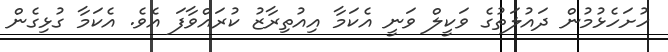
ހުށަހެޅުމުން ދައުލަތުގެ ވަކީލް ވަނީ އެކަމާ އިއުތިރާޒު ކުރައްވާފަ އެވެ. އެކަމާ ގުޅިގެން